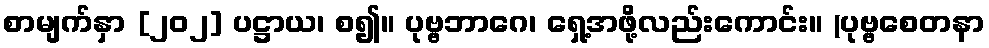
စာမျက်နှာ [၂၀၂] ပဋ္ဌာယ၊ စ၍။ ပုဗ္ဗဘာဂေ၊ ရှေ့အဖို့လည်းကောင်း။ (ပုဗ္ဗစေတနာ